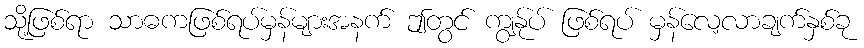
သို့ဖြစ်ရာ သာဓကဖြစ်ရပ်မှန်များအနက် ဤတွင် ကျွန်ုပ် ဖြစ်ရပ် မှန်လေ့လာချက်နှစ်ခု